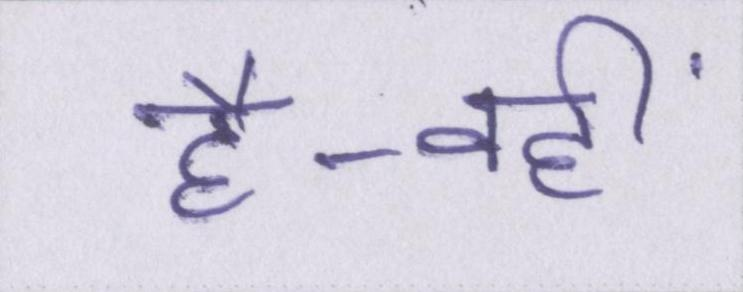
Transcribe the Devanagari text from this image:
है-वहीं